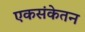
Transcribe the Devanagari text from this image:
एकसंकेतन